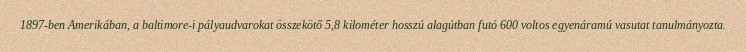
1897-ben Amerikában, a baltimore-i pályaudvarokat összekötő 5,8 kilométer hosszú alagútban futó 600 voltos egyenáramú vasutat tanulmányozta.